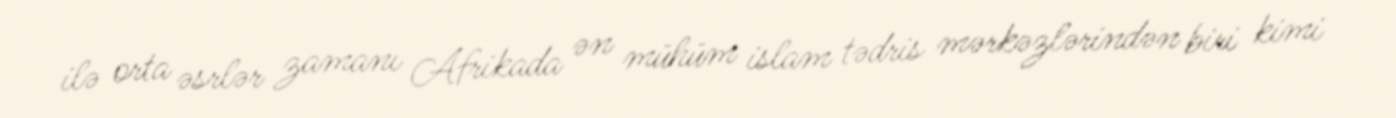
ilə orta əsrlər zamanı Afrikada ən mühüm islam tədris mərkəzlərindən biri kimi